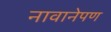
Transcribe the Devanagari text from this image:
नावानेपण